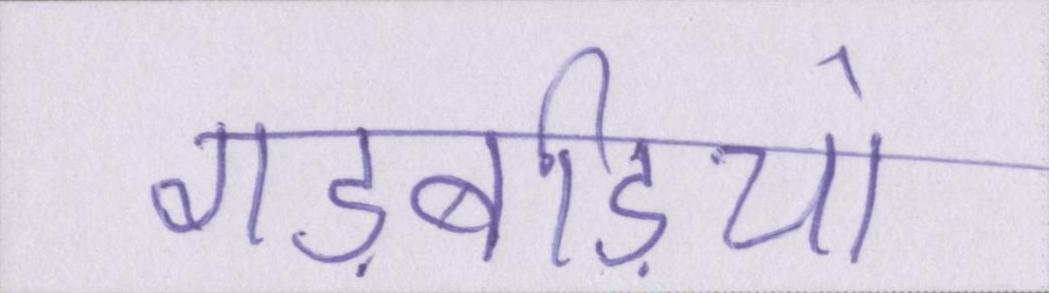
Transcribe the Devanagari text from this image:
गड़बड़ियां